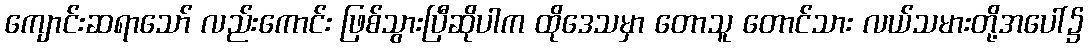
ကျောင်းဆရာသော် လည်းကောင်း ဖြစ်သွားပြီဆိုပါက ထိုဒေသမှာ တောသူ တောင်သား လယ်သမားတို့အပေါ်၌